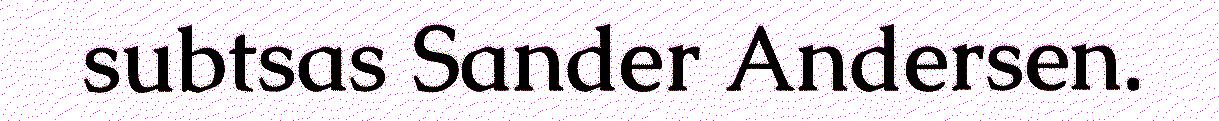
subtsas Sander Andersen.